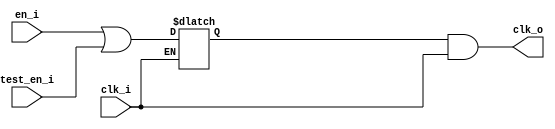
module prim_clock_gating (
  input  clk_i,
  input  en_i,
  input  test_en_i,
  output clk_o
);

  reg en_latch;

  always @* begin
    if (!clk_i) begin
      en_latch = en_i | test_en_i;
    end
  end
  assign clk_o = en_latch & clk_i;

endmodule